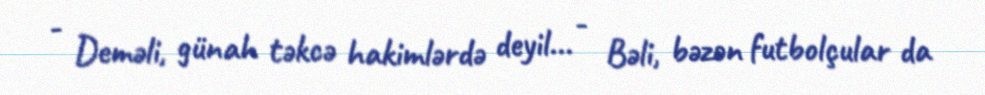
- Deməli, günah təkcə hakimlərdə deyil... - Bəli, bəzən futbolçular da